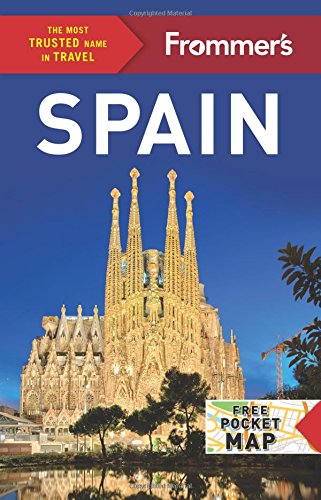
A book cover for Frommer's Spain (Color Complete Guide); Patricia Harris; Travel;